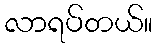
လာရပ်တယ်။